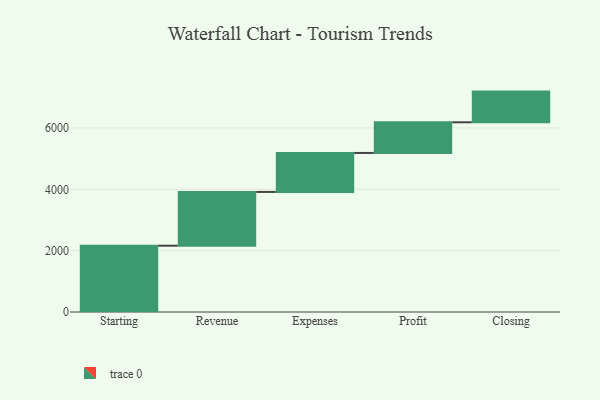
{"axis": {"x": "Step", "y": "Value"}, "legend": [""], "data": [{"x": "Starting", "y": 2161.0, "type": ""}, {"x": "Revenue", "y": 1753.0, "type": ""}, {"x": "Expenses", "y": 1271.0, "type": ""}, {"x": "Profit", "y": 1000, "type": ""}, {"x": "Closing", "y": 1000, "type": ""}]}